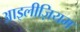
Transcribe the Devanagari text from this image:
आइलीज़ियम